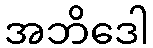
အဘိဒေါ